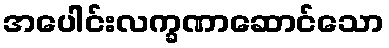
အပေါင်းလက္ခဏာဆောင်သော